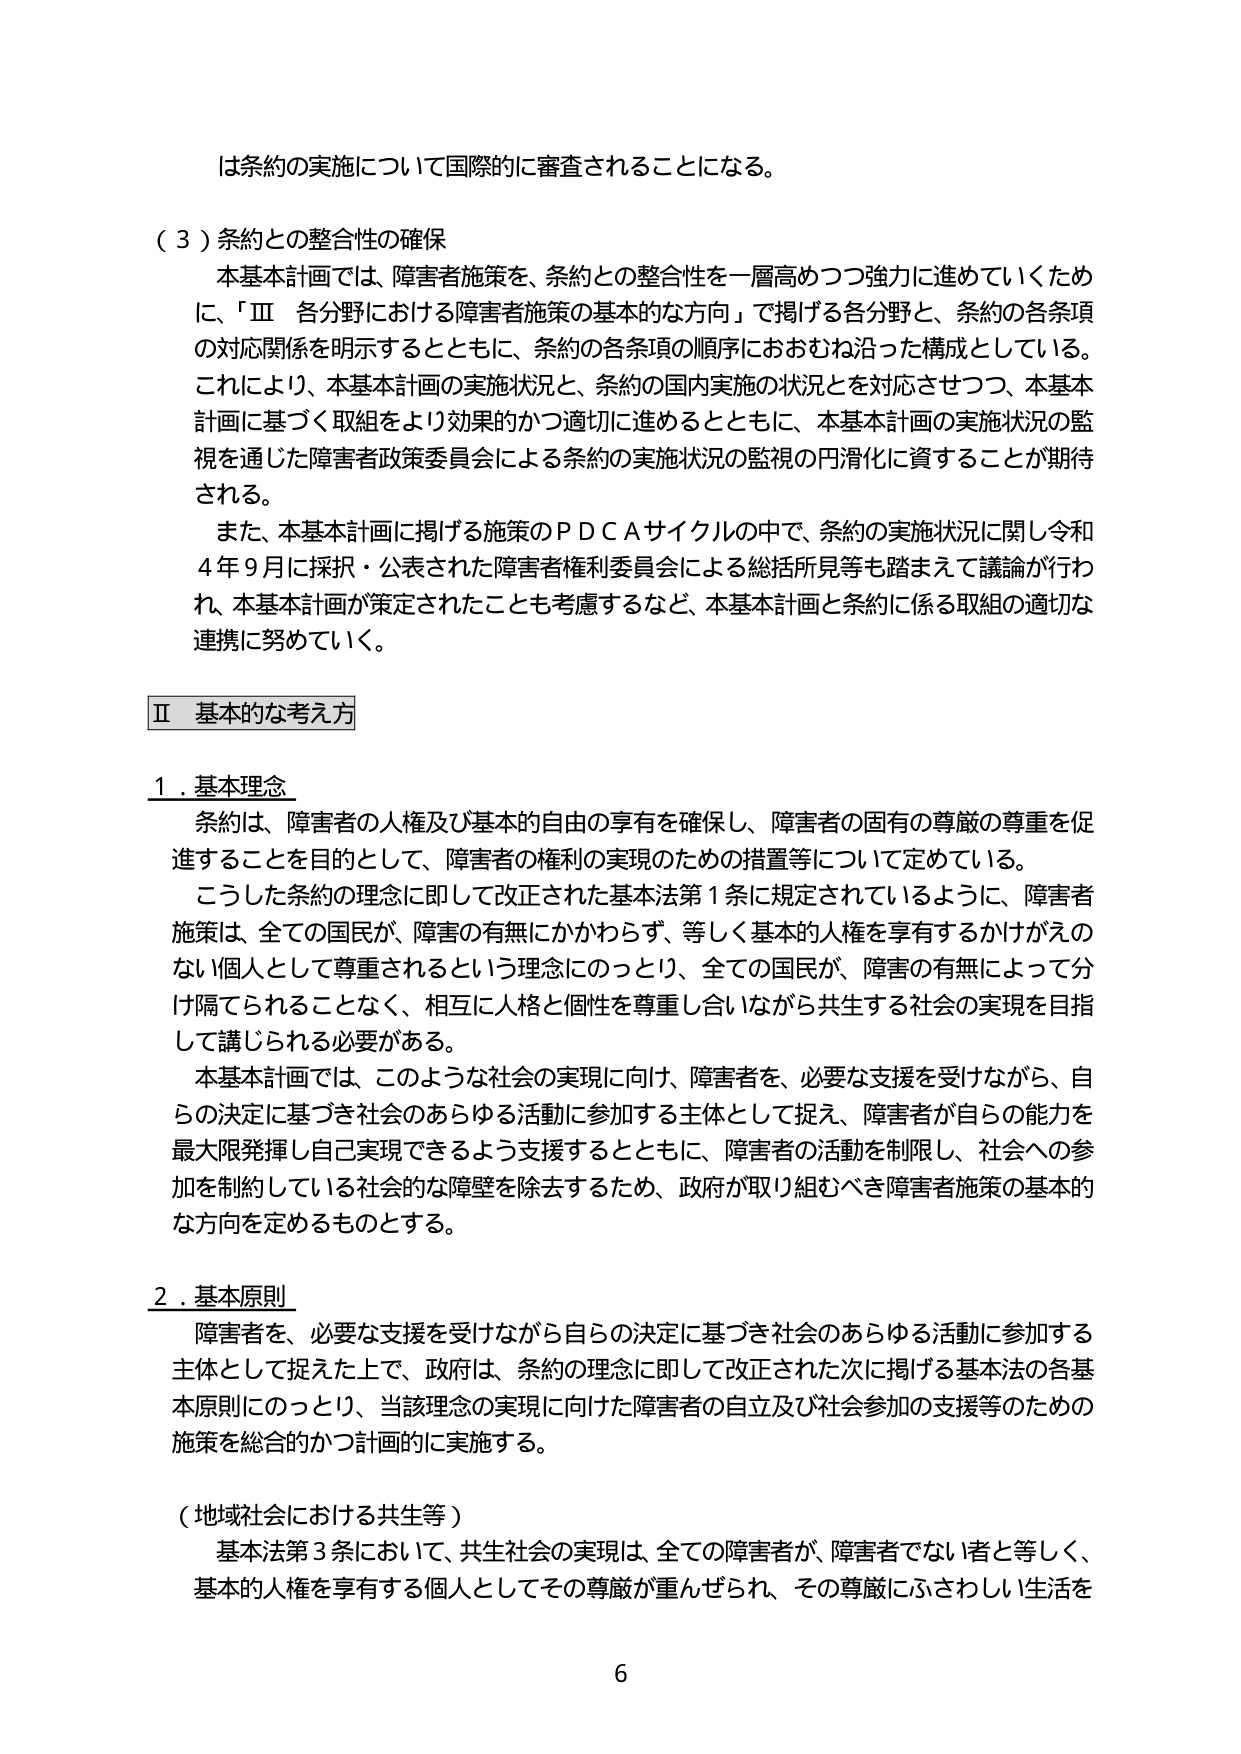
は条約の実施について国際的に審査されることになる。

（３）条約との整合性の確保
　本基本計画では、障害者施策を、条約との整合性を一層高めつつ強力に進めていくために、「Ⅲ　各分野における障害者施策の基本的な方向」で掲げる各分野と、条約の各条項の対応関係を明示するとともに、条約の各条項の順序におおむね沿った構成としている。これにより、本基本計画の実施状況と、条約の国内実施の状況とを対応させつつ、本基本計画に基づく取組をより効果的かつ適切に進めるとともに、本基本計画の実施状況の監視を通じた障害者政策委員会による条約の実施状況の監視の円滑化に資することが期待される。
　また、本基本計画に掲げる施策のＰＤＣＡサイクルの中で、条約の実施状況に関し令和４年９月に採択・公表された障害者権利委員会による総括所見等も踏まえて議論が行われ、本基本計画が策定されたことも考慮するなど、本基本計画と条約に係る取組の適切な連携に努めていく。

Ⅱ　基本的な考え方

１．基本理念
　条約は、障害者の人権及び基本的自由の享有を確保し、障害者の固有の尊厳の尊重を促進することを目的として、障害者の権利の実現のための措置等について定めている。
　こうした条約の理念に即して改正された基本法第１条に規定されているように、障害者施策は、全ての国民が、障害の有無にかかわらず、等しく基本的人権を享有するかげがえのない個人として尊重されるという理念にのっとり、全ての国民が、障害の有無によって分け隔てられることなく、相互に人格と個性を尊重し合いながら共生する社会の実現を目指して講じられる必要がある。
　本基本計画では、このような社会の実現に向け、障害者を、必要な支援を受けながら、自らの決定に基づき社会のあらゆる活動に参加する主体として捉え、障害者が自らの能力を最大限発揮し自己実現できるよう支援するとともに、障害者の活動を制限し、社会への参加を制約している社会的な障壁を除去するため、政府が取り組むべき障害者施策の基本的な方向を定めるものとする。

２．基本原則
　障害者を、必要な支援を受けながら自らの決定に基づき社会のあらゆる活動に参加する主体として捉えた上で、政府は、条約の理念に即して改正された次に掲げる基本法の各基本原則にのっとり、当該理念の実現に向けた障害者の自立及び社会参加の支援等のための施策を総合的かつ計画的に実施する。

（地域社会における共生等）
　基本法第３条において、共生社会の実現は、全ての障害者が、障害者でない者と等しく、基本的人権を享有する個人としてその尊厳が重んぜられ、その尊厳にふさわしい生活を

6